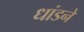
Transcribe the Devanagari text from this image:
धांडने